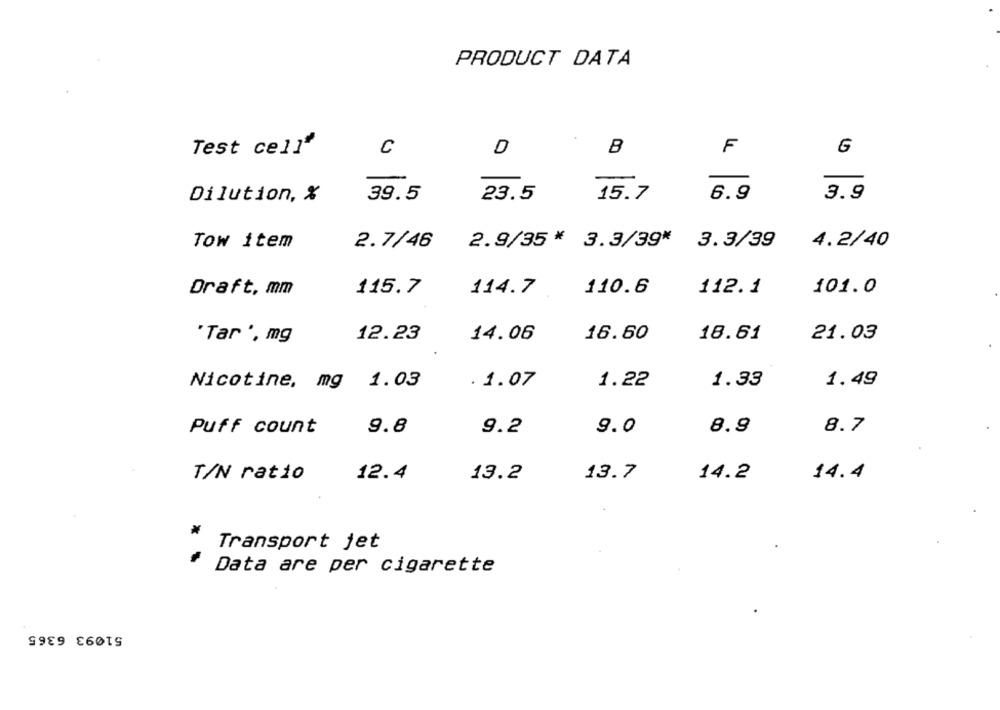
PRODUCT DATA
F
Test cell''
C
D
B
G
Dilution, %
39.5
23.5
15.7
6.9
3.9
Tow item
2.7/46
2.9/35* 3.3/39* 3.3/39
4.2/40
115.7
110.6
101.0
Draft, mm
114.7
112.1
'Tar ', mg
12.23
14.06
16.60
18.61
21.03
Nicotine, mg
1.03
. 1.07
1.22
1.33
1.49
Puff count
9.8
9.2
9.0
8.9
8.7
T/N ratio
12.4
13.7
14.4
13.2
14.2
Transport jet
Data are per cigarette
51093 6365